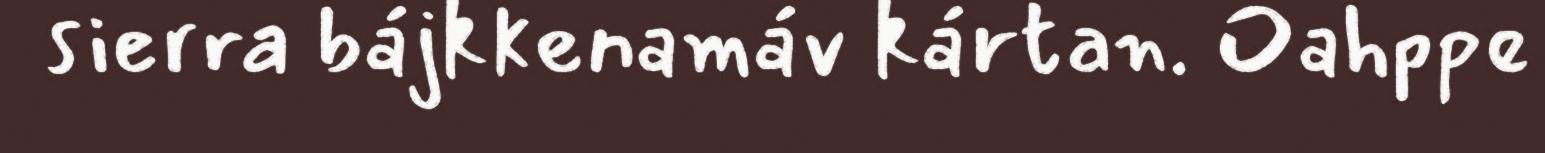
sierra bájkkenamáv kártan. Oahppe